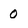
Character: 0